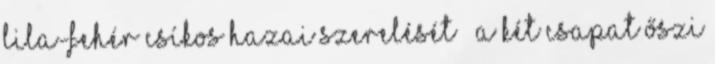
lila-fehér csíkos hazai szerelését – a két csapat őszi